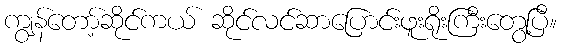
ကျွန်တော့်ဆိုင်ကယ် ဆိုင်လင်ဆာပြောင်းဖူးရိုးကြီးတွေ့ပြီ။